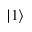
| 1 \rangle